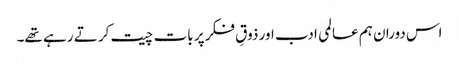
اس دوران ہم عالمی ادب اور ذوقِ فکر پر بات چیت کر تے رہے تھے۔